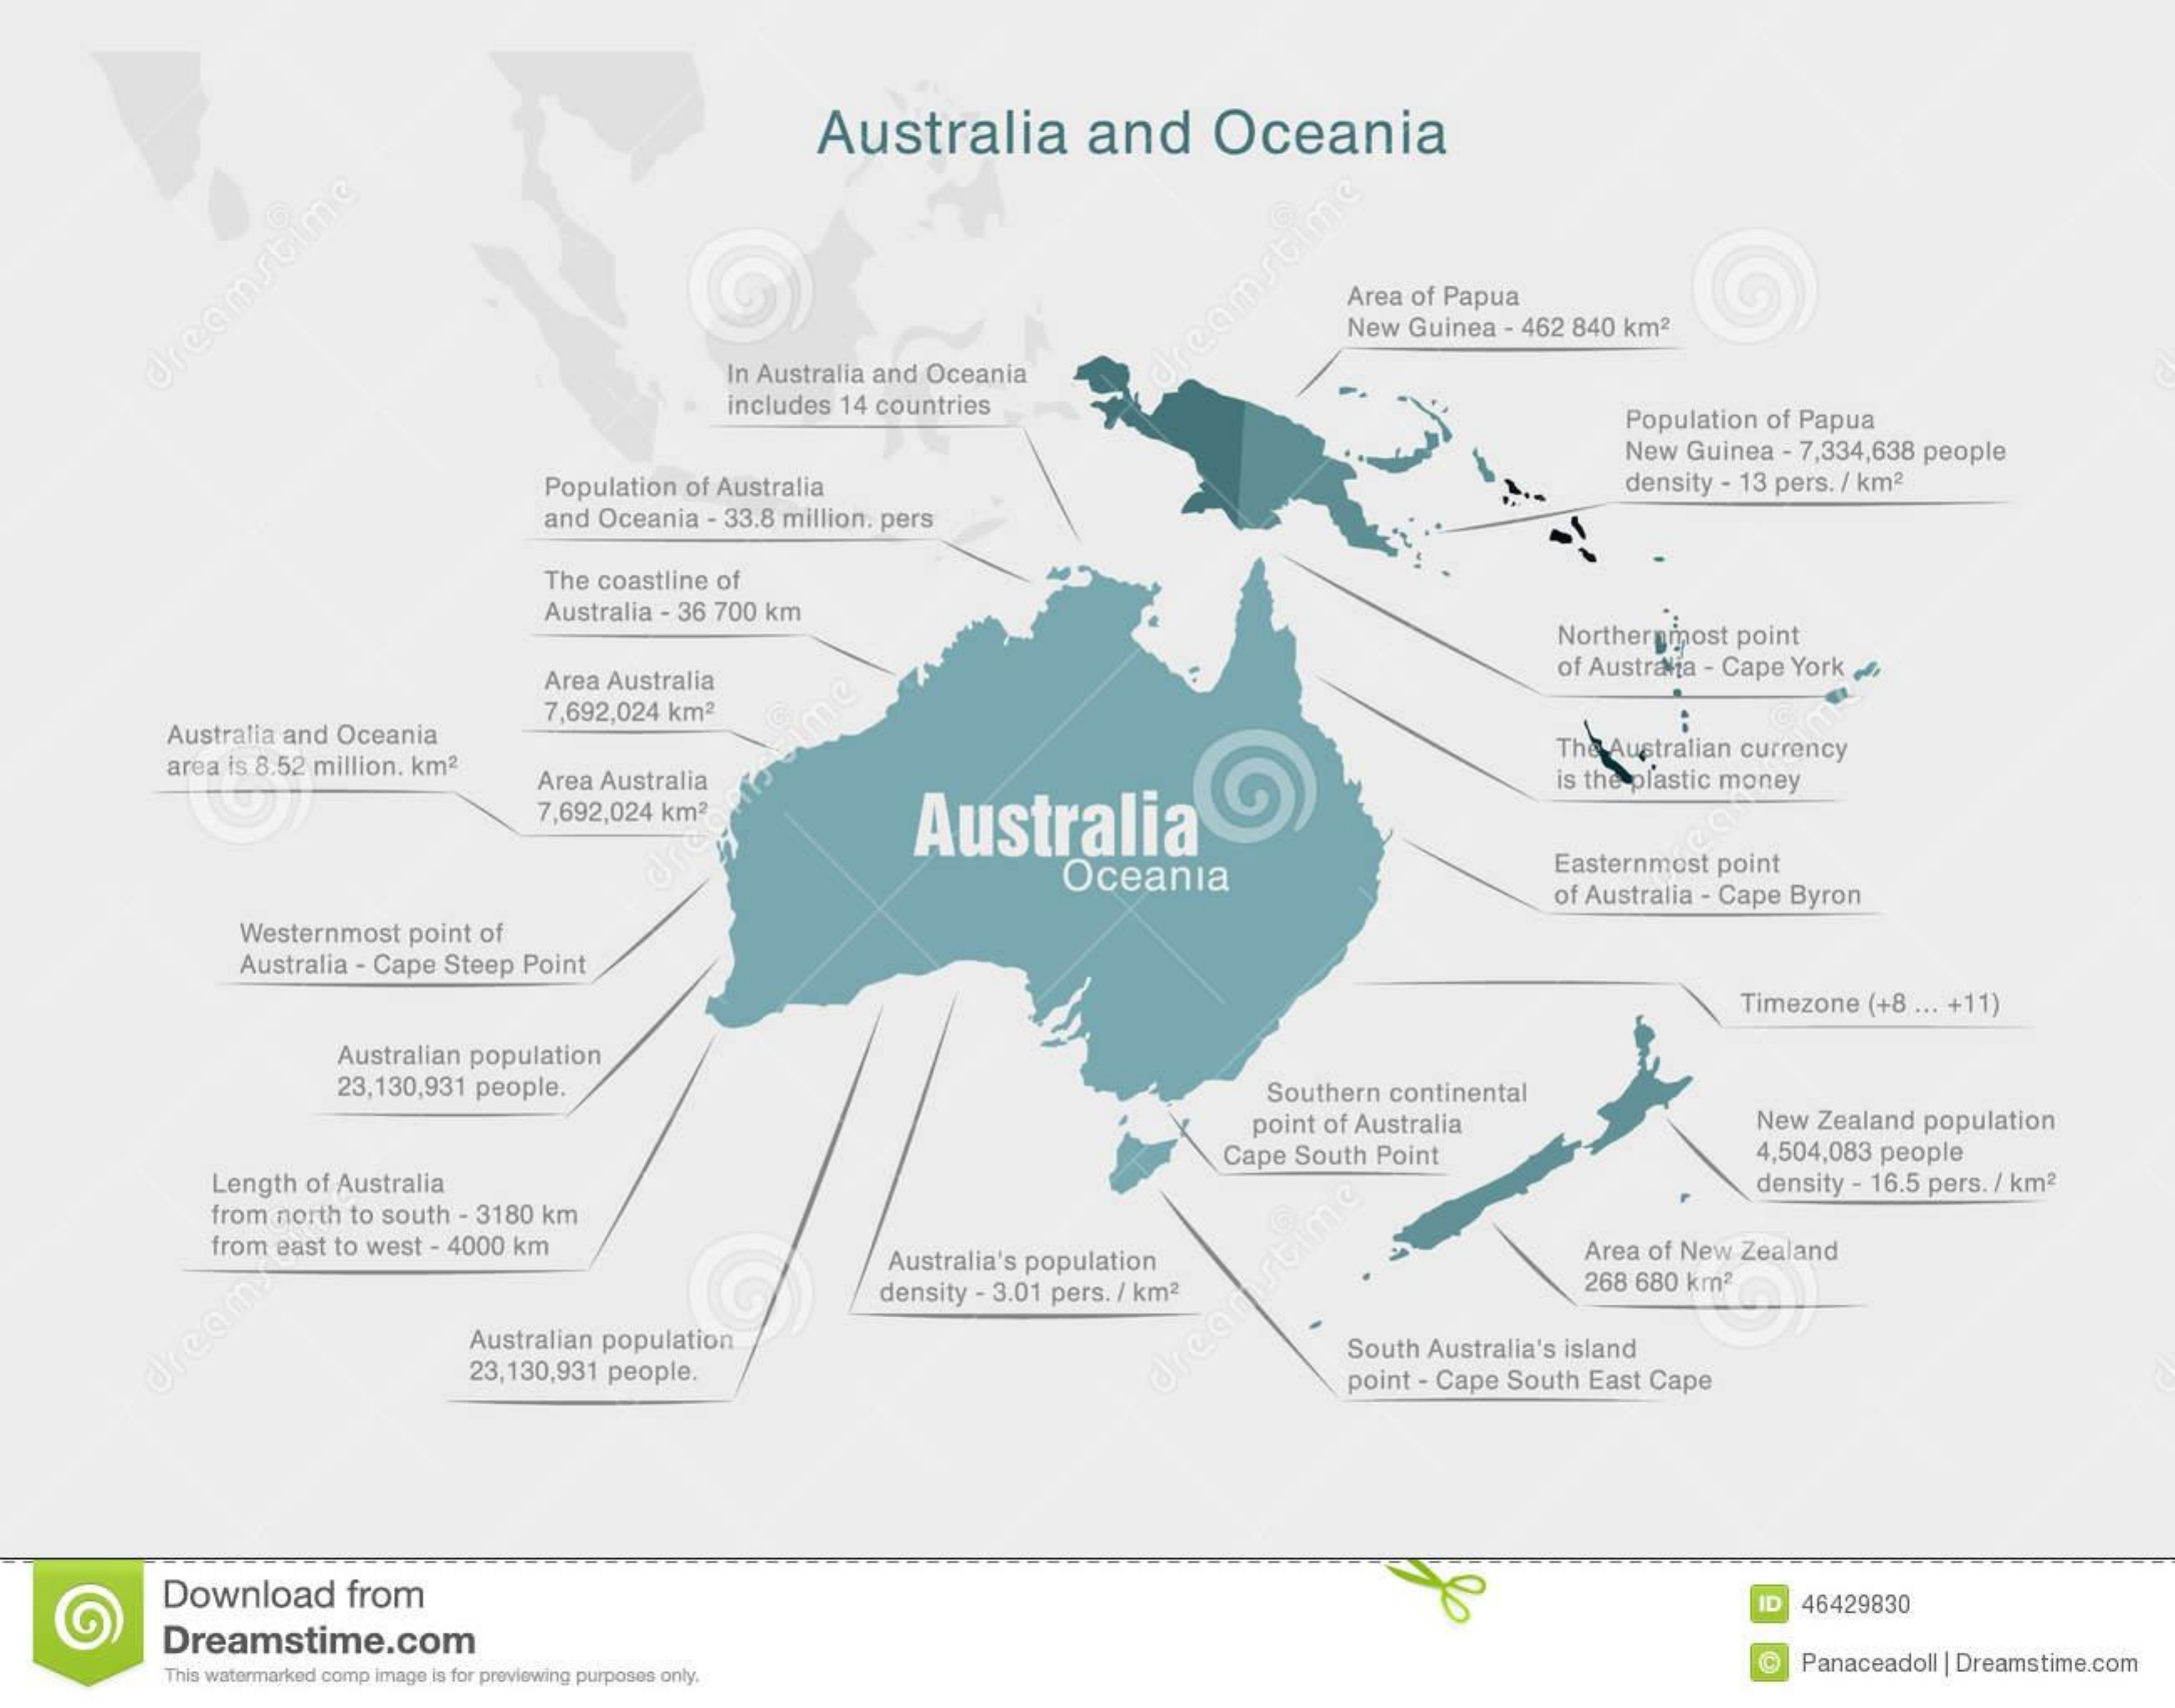
Australia    and    Oceania
     Area of Papua
     New   Guinea   - 462  840  km2
     dreamstime
     In Australia  and  Oceania
     includes   14  countries
     adreamstime
     Population    of Papua
     New   Guinea   - 7,334,638   people
     Population   of Australia    density  - 13  pers. / km2
     and  Oceania   - 33.8  million. pers
     The  coastline  of
     Australia  - 36 700  km
     Northerginost    point
     Area  Australia
     of Australia   - Cape  York  „ /
     Australia  and   Oceania
     7,692,024   km2
     area  is 8.52 million.  km2
     ime
     The Australian   currency
     Area  Australia
     Australia
     is the  plastic money
     7,692,024   km2
     UP
     Oceania
     Easternmost    point
     of Australia - Cape   Byron
     Westernmost    point  of
     Australia - Cape   Steep  Point
     Timezone   (+8  ... +11)
     Australian  population
     23,130,931   people.    Southern   continental
     point  of Australia    New  Zealand   population
     Cape   South   Point    4,504,083   people
     Length  of  Australia    density  - 16.5 pers.  / km2
     from  north  to south   - 3180 km
     from  east to west   - 4000  km
     Australia's  population    Area  of New   Zealand
     density  - 3.01 pers.  / km2    268  680  km2
     Australian  population dream
     23,130,931   people.
     South  Australia's  island
     dreamstime
     point  - Cape   South  East  Cape
     Download    from    ID  46429830
     Dreamstime.com
     This watermarked comp image is for previewing purposes only.
     Panaceadoll   | Dreamstime.com